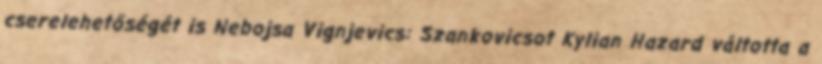
cserelehetőségét is Nebojsa Vignjevics: Szankovicsot Kylian Hazard váltotta a